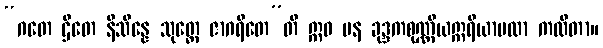
“ဂတေ ဌိတေ နိသိန္နေ သုတ္တေ ဇာဂရိတေ”တိ ဣဓ ပန ခုဒ္ဒကစုဏ္ဏိယဣရိယာပထာ ကထိတာ။